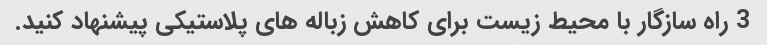
3 راه سازگار با محیط زیست برای کاهش زباله های پلاستیکی پیشنهاد کنید.